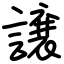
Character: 譲